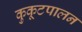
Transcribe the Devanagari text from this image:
कुकूटपालन